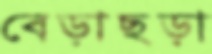
বেড়াছড়া